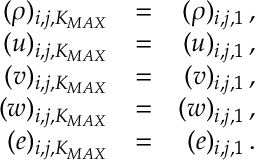
\begin{array} { r l r } { ( \rho ) _ { i , j , K _ { M A X } } } & { = } & { ( \rho ) _ { i , j , 1 } \, \mathrm { , } } \\ { ( u ) _ { i , j , K _ { M A X } } } & { = } & { ( u ) _ { i , j , 1 } \, \mathrm { , } } \\ { ( v ) _ { i , j , K _ { M A X } } } & { = } & { ( v ) _ { i , j , 1 } \, \mathrm { , } } \\ { ( w ) _ { i , j , K _ { M A X } } } & { = } & { ( w ) _ { i , j , 1 } \, \mathrm { , } } \\ { ( e ) _ { i , j , K _ { M A X } } } & { = } & { ( e ) _ { i , j , 1 } \, \mathrm { . } } \end{array}